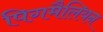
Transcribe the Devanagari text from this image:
पिगमैलियन